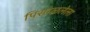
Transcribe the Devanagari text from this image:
पिसाळलेला